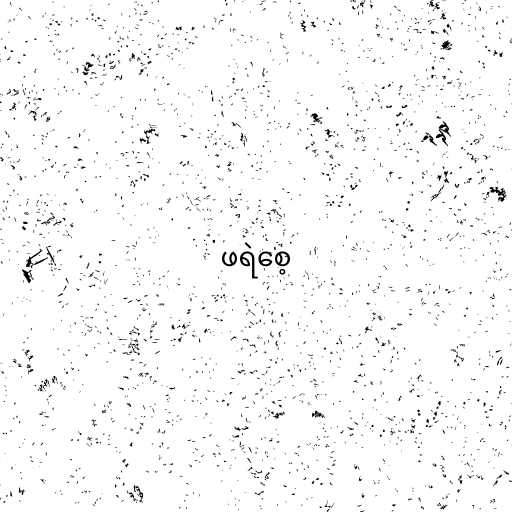
ဖရဲစေ့